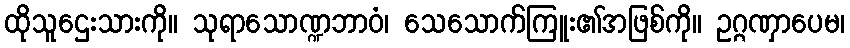
ထိုသူဌေးသားကို။ သုရာသောဏ္ဍဘာဝံ၊ သေသောက်ကြူး၏အဖြစ်ကို။ ဥဂ္ဂဏှာပေမ၊